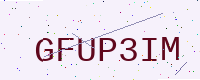
Text: GFUP3IM